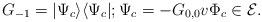
LaTeX: \begin{align*}G_{-1}=|\Psi_c\rangle\langle\Psi_c|; \Psi_c=-G_{0,0}v\Phi_c\in \mathcal E.\end{align*}